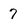
Character: 7